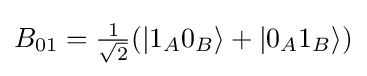
B_{01}={\tfrac {1}{\sqrt {2}}}(|1_{A}0_{B}\rangle +|0_{A}1_{B}\rangle )